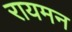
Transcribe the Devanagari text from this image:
रायमन